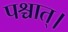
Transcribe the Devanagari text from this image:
पश्चात्‌।